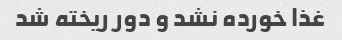
غذا خورده نشد و دور ریخته شد